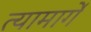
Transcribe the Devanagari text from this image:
त्यामार्गे